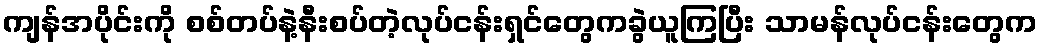
ကျန်အပိုင်းကို စစ်တပ်နဲ့နီးစပ်တဲ့လုပ်ငန်းရှင်တွေကခွဲယူကြပြီး သာမန်လုပ်ငန်းတွေက